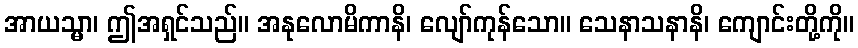
အာယသ္မာ၊ ဤအရှင်သည်။ အနုလောမိကာနိ၊ လျော်ကုန်သော။ သေနာသနာနိ၊ ကျောင်းတို့ကို။